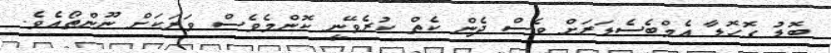
ބޮޑު ގޮހޮޑާ އެމްބެސެޑަރަށް ވެސް ދެން ކެތް ކުރެވޭނީ ކޮންމެވެސް ވަރަކަށް ނޫންތޯއެވެ.